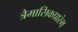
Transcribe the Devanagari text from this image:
त्रैमासिकप्रारंभ